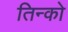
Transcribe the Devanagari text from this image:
तिन्को